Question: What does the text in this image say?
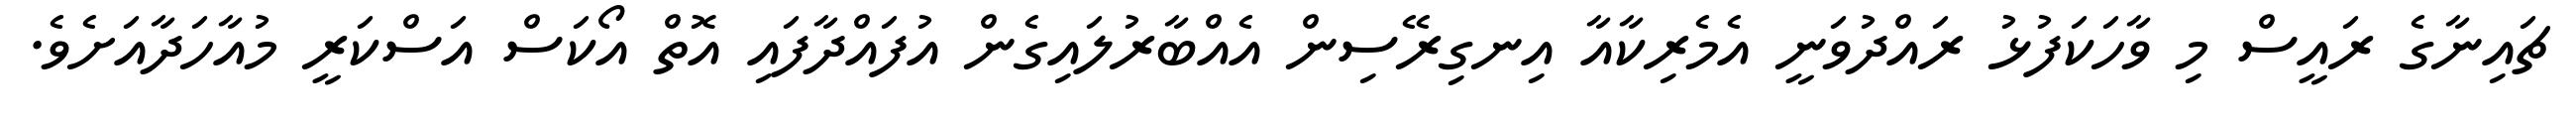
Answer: ޗައިނާގެ ރައީސް މި ވާހަކަފުޅު ރައްދުވަނީ އެމެރިކާއާ އިނގިރޭސިން އެއްބާރުލައިގެން އުފައްދާފައި އޮތް އޯކަސް އަސްކަރީ މުއާހަދާއަށެވެ.